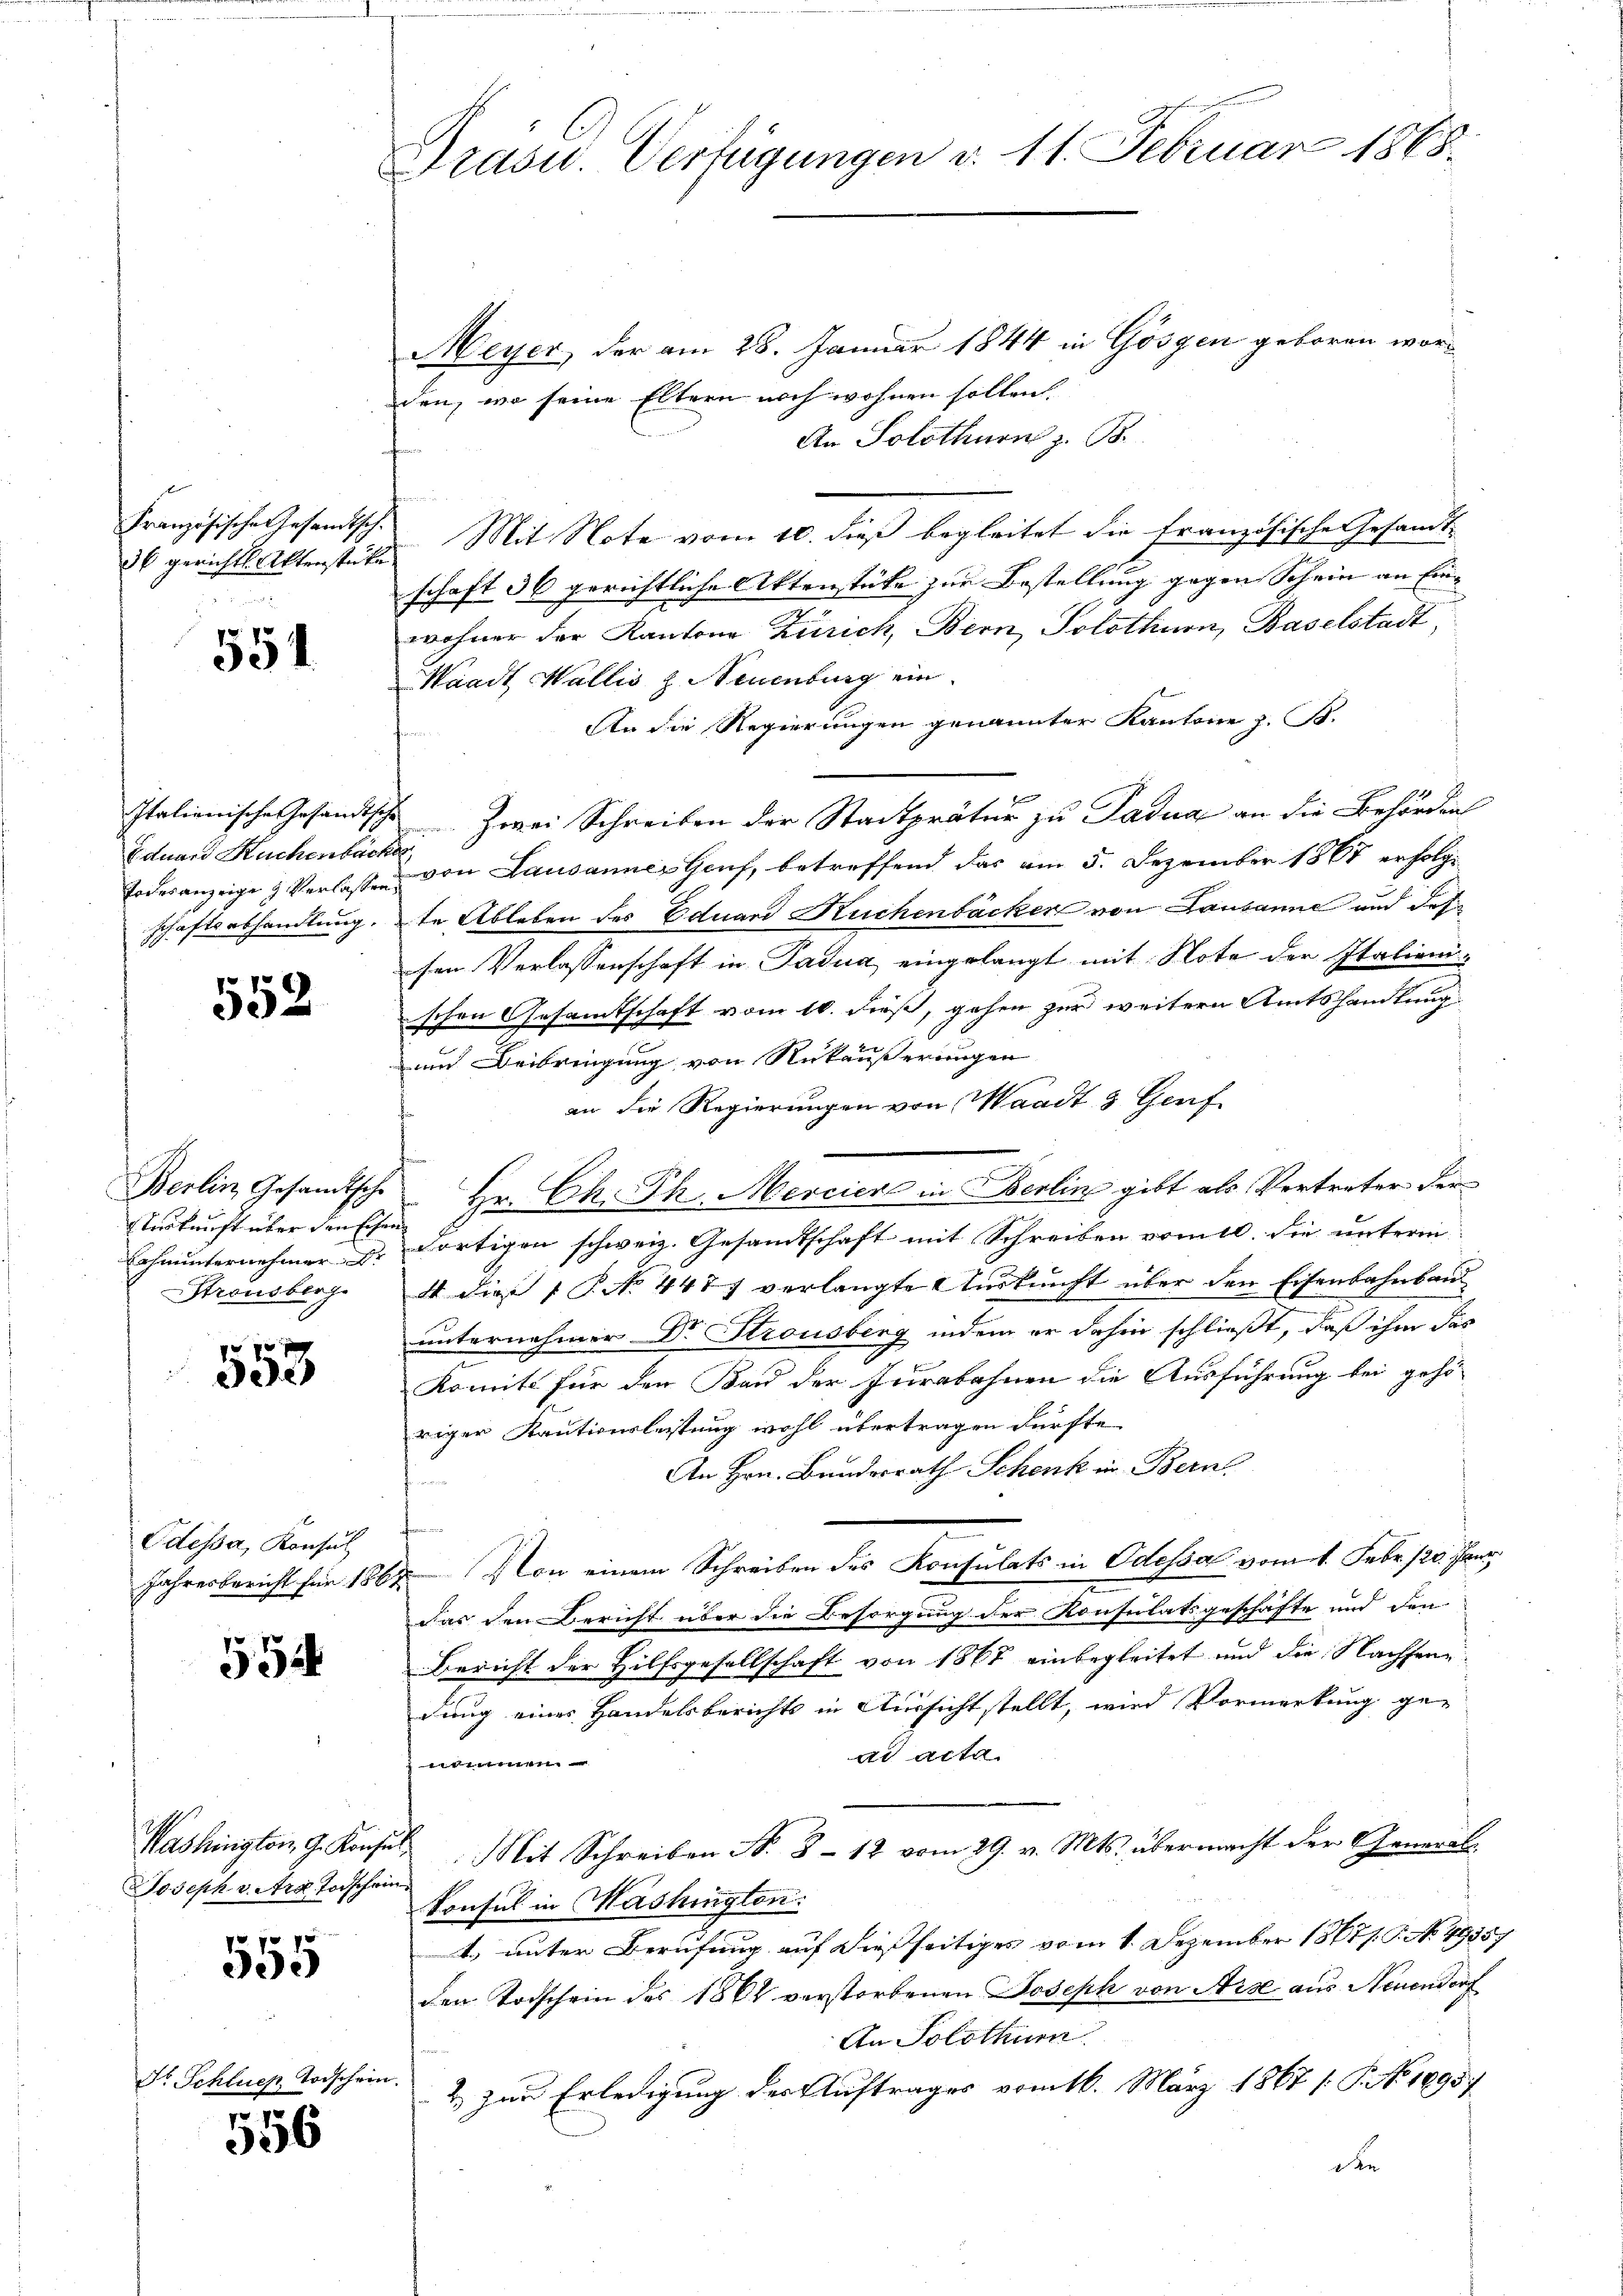
36 gerichts Aktenstücke

551

Eduard Kuchenbäcker,

552

terkunft über den Eisen¬
Stronsberg.

553

Odessa, Konsul

554

Joseph v. Art Forschein

e
300

Dr. Schlues Todschein.

556

Präsid.. Verfügungen d. 11. Februar 1888.

Meyer, der am 28. Januar 1844 in Gösgen geboren worden, wo seine Eltern noch wohnen sollen.
An Solothurn z. B.
Französische Gesandtsch. Mit Note vom 10. dieß begleitet die französische Gesandt-
schaft 36 gerichtliche Aktenstüke zur Bestellung gegen Schein an Einwohner der Kantone Zürich, Bern, Solothurn, Baselstadt,
Waadt Wallis H. Neuenburg ein.
An die Regierungen genannter Kantone z. B.
d
Italienische Gesandtsche Zwei Schreiben der Stadtprätur zu Padua an die Behörden
Todesanzeige & Verlassen von Lausannes Genf, betreffend das am 5. Dezember 1867 erfolgschaftsabhandlung. In Ableben des Eduard Kuchenbäcker von Lausanne und dessen Verlassenschaft in Padua, eingelangt mit Note der Italieni-
schen Gesamtschaft vom 10. dieß, gehen zur weitern Amtshandlung
und Beibringung von Rükäußerungen
an die Regierungen von Waadt 3 Genf
Berlin Gesandtsche Hr. Ch. Ph. Mercier in Berlin gibt als Vertreter der¬
Erhnunternehmen. Dr. dortigen schweiz. Gesandtschaft mit Schreiben vom 10. die unterm
4 diese 1 P. No. 4477 verlangte Auskunft über den Eisenbahnbau
unternehmer Dr Stronsberg indem er dahin schließt, daß ihm das
Komité für den Band der Jurabahnen die Ausführung bei gehöriger Kautionsleistung wohl übertragen dürfte.
An Hrn. Bundesrath Schenk in Bern
2
Jahresbericht für 1864 Von einem Schreiben des Konsulats in Odessa vom 1. Febr. 120. Jann
das den Bericht über die Besorgung der Konsulatsgeschäfte und den
Bericht der Hilfsgesellschaft von 1867 einbegleitet und die Nachsen¬

dung eines Handelsberichts in Aussicht stellt, wird Vormerkung ge-
ad acta
rimmen.
Washington G. Konsul Mit Schreiben N. 3 - 12 vom 29. v. Mts. übermacht der General-
Konsul in Mashington.
4.) unter Berufung auf dießseitiges vom 1. Dezember 1867/. P. No. 49357
den Todschein des 1862 verstorbenen Joseph von Arse aus Neuendorf
An Solothur.
2 zur Erledigung des Auftrages vom 16. März 1867 [P. No. 18957
de